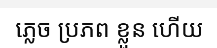
ភ្លេច ប្រភព ខ្លួន ហើយ